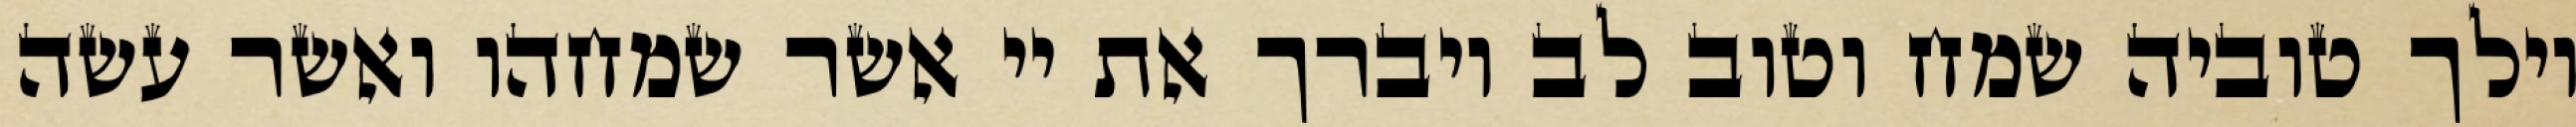
וילך טוביה שמח וטוב לב ויברך את יי אשר שמחהו ואשר עשה